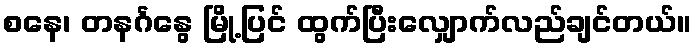
စနေ၊ တနင်္ဂနွေ မြို့ပြင် ထွက်ပြီးလျှောက်လည်ချင်တယ်။